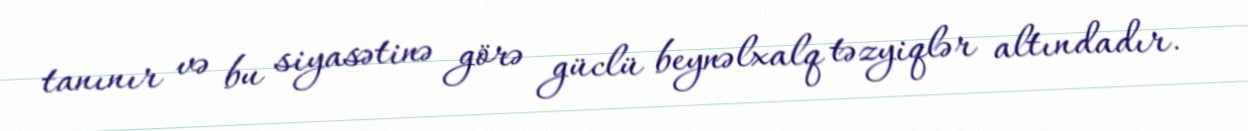
tanınır və bu siyasətinə görə güclü beynəlxalq təzyiqlər altındadır.